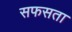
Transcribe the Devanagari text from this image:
सफसता